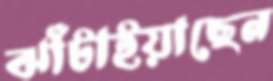
ঝাঁটাইয়াছেন